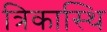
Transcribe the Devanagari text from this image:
त्रिकास्थि